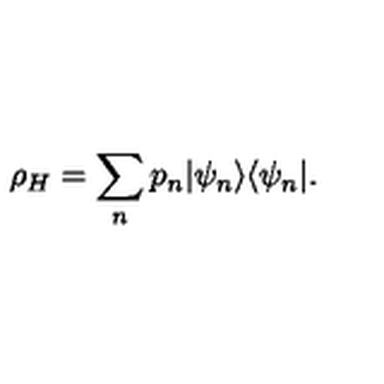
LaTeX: \rho _ { H } = \sum _ { n } p _ { n } | \psi _ { n } \rangle \langle \psi _ { n } | .